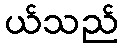
ယ်သည်